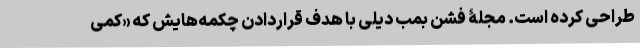
طراحی کرده است. مجلۀ فشن بمب دیلی با هدف قراردادنِ چکمه‌هایش که «کمی